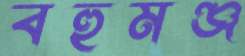
বহুমঞ্জ